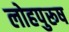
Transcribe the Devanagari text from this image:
लोहपुरूष